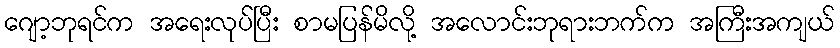
ဂျော့ဘုရင်က အရေးလုပ်ပြီး စာမပြန်မိလို့ အလောင်းဘုရားဘက်က အကြီးအကျယ်